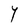
Character: Y